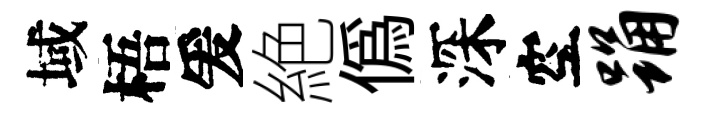
域梧爰絶偽深空踊